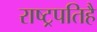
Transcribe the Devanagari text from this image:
राष्ट्रपतिहै